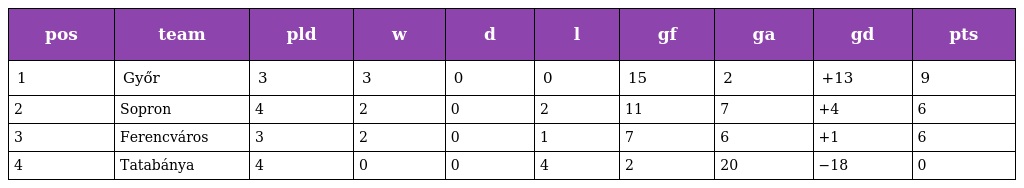
| pos | team | pld | w | d | l | gf | ga | gd | pts |
 | --- | --- | --- | --- | --- | --- | --- | --- | --- | --- |
 | 1 | Győr | 3 | 3 | 0 | 0 | 15 | 2 | +13 | 9 |
 | 2 | Sopron | 4 | 2 | 0 | 2 | 11 | 7 | +4 | 6 |
 | 3 | Ferencváros | 3 | 2 | 0 | 1 | 7 | 6 | +1 | 6 |
 | 4 | Tatabánya | 4 | 0 | 0 | 4 | 2 | 20 | −18 | 0 |